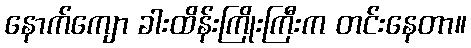
နောက်ကျော ခါးထိန်းကြိုးကြီးက တင်းနေတာ။